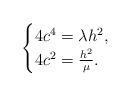
LaTeX: \begin{align*}\begin{cases}4c^4 = \lambda h^2,\\4c^2 = \frac{h^2}{\mu}.\end{cases}\end{align*}